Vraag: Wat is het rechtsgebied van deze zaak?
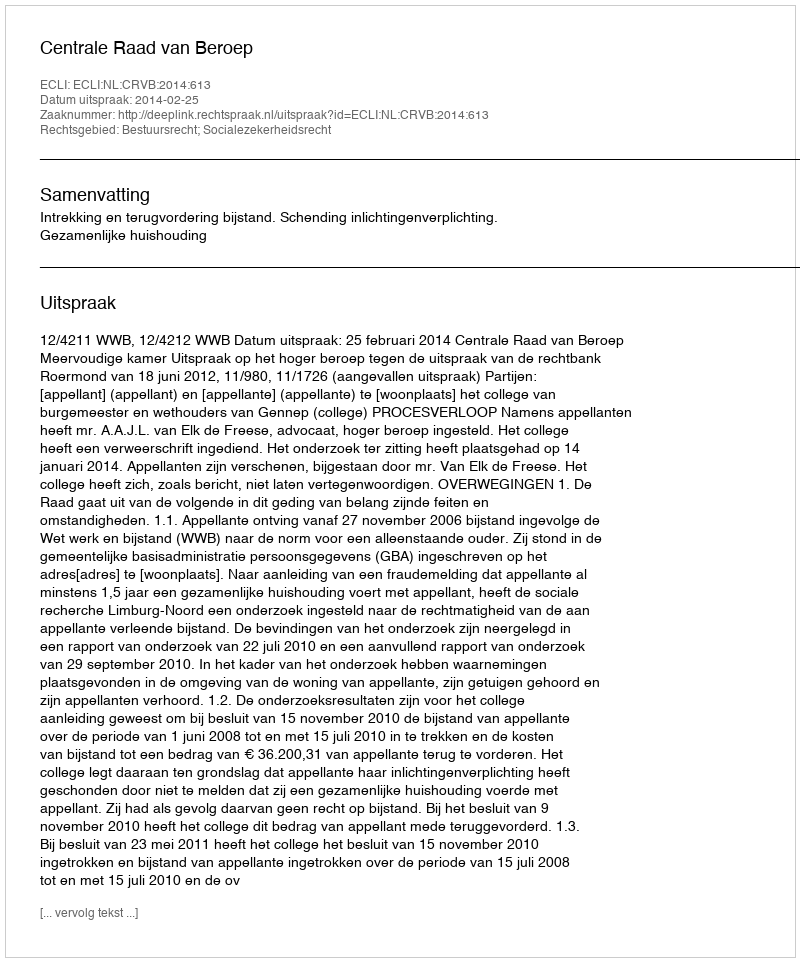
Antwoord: Bestuursrecht; Socialezekerheidsrecht